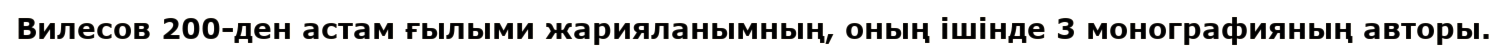
Вилесов 200-ден астам ғылыми жарияланымның, оның ішінде 3 монографияның авторы.